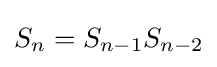
S_{n}=S_{n-1}S_{n-2}